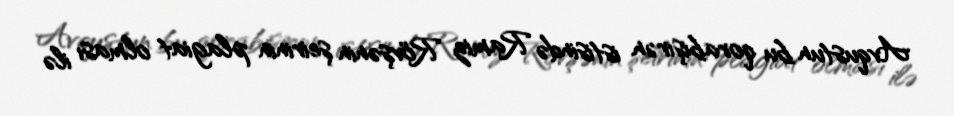
Avqustun bu qorabişirən istisində Ramiz Rövşənin şeirinin plagiat olması ilə